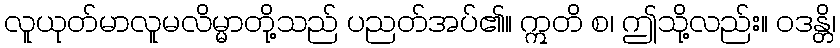
လူယုတ်မာလူမလိမ္မာတို့သည် ပညတ်အပ်၏။ ဣတိ စ၊ ဤသို့လည်း။ ဝဒန္တိ၊